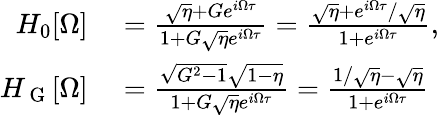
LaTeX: \begin{array}{rl}{H_{0}[\Omega]}&{{}=\frac{\sqrt{\eta}+Ge^{i\Omega\tau}}{1+G\sqrt{\eta}e^{i\Omega\tau}}=\frac{\sqrt{\eta}+e^{i\Omega\tau}/\sqrt{\eta}}{1+e^{i\Omega\tau}},}\\ {H_{\mathrm{~G~}}[\Omega]}&{{}=\frac{\sqrt{G^{2}-1}\sqrt{1-\eta}}{1+G\sqrt{\eta}e^{i\Omega\tau}}=\frac{1/\sqrt{\eta}-\sqrt{\eta}}{1+e^{i\Omega\tau}}}\end{array}